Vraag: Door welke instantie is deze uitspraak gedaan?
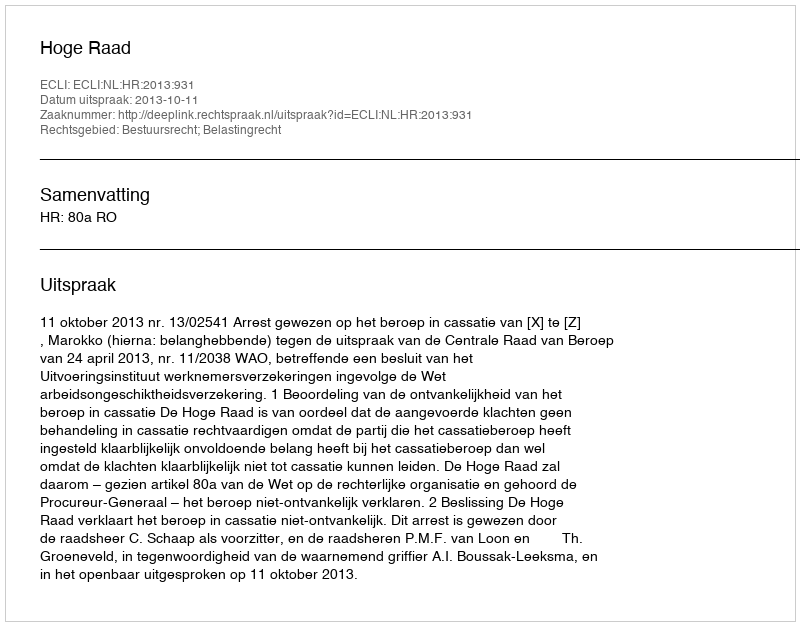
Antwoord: Hoge Raad